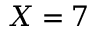
X = 7